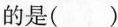
的是（）